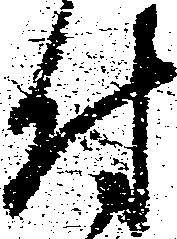
付